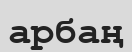
арбаң